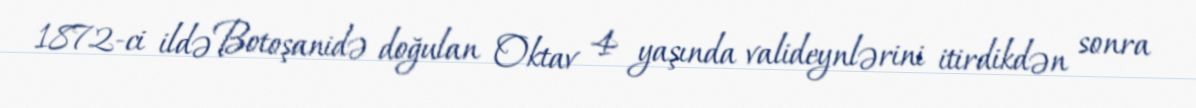
1872-ci ildə Botoşanidə doğulan Oktav 4 yaşında valideynlərini itirdikdən sonra